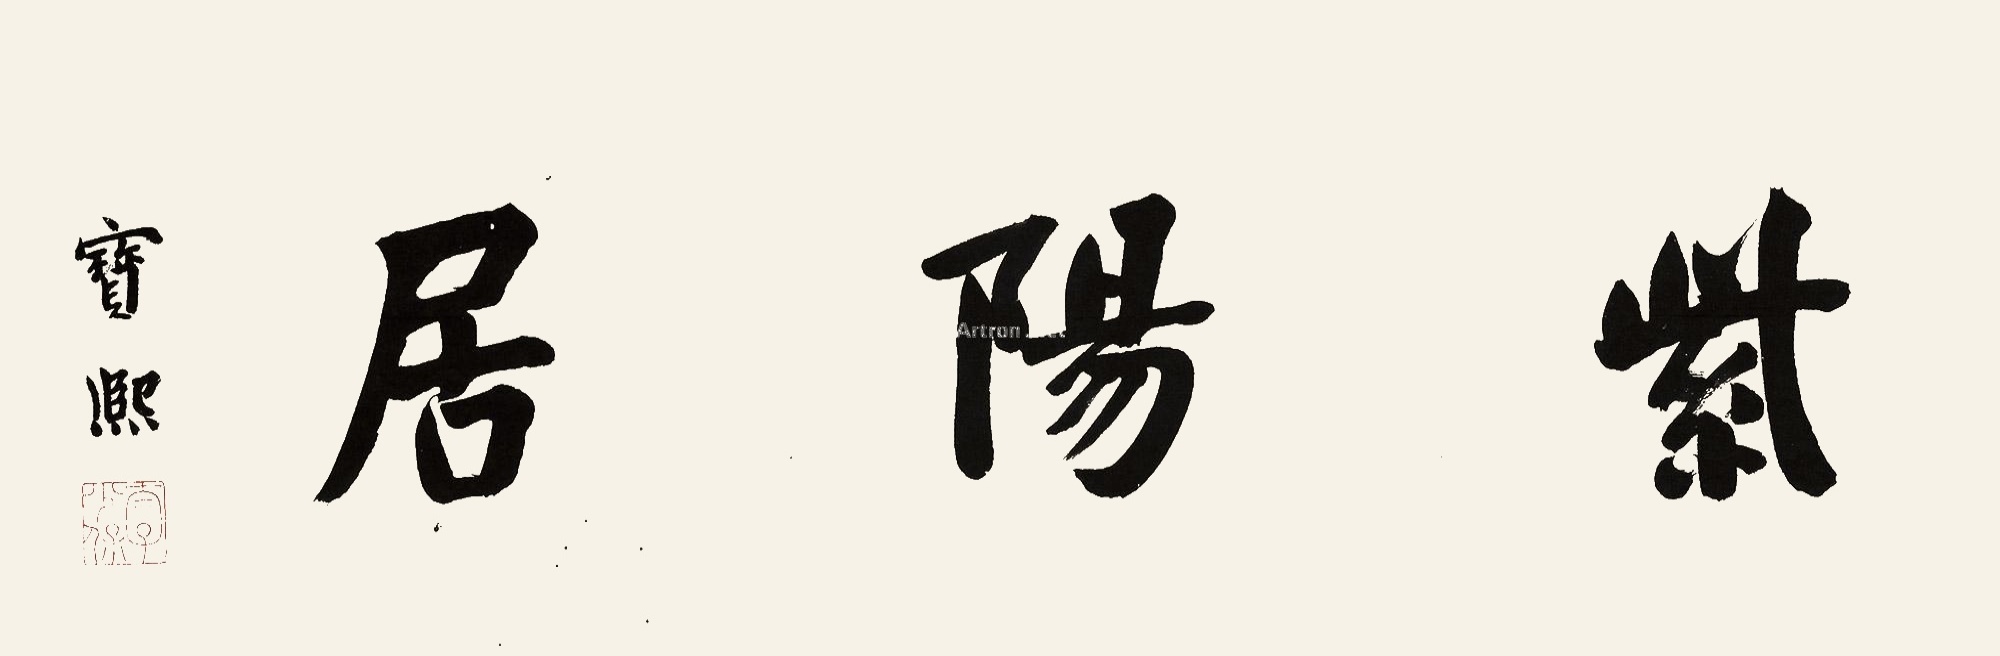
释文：紫阳居。宝熙。